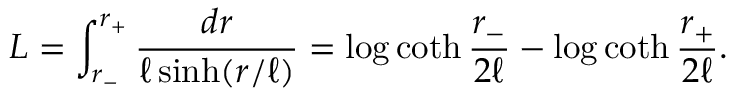
L = \int _ { r _ { - } } ^ { r _ { + } } \frac { d r } { \ell \sinh ( r / \ell ) } = \log \coth { \frac { r _ { - } } { 2 \ell } } - \log \coth { \frac { r _ { + } } { 2 \ell } } .